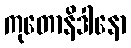
ကုတောနိဒါနော